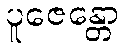
ပူဇေန္တော